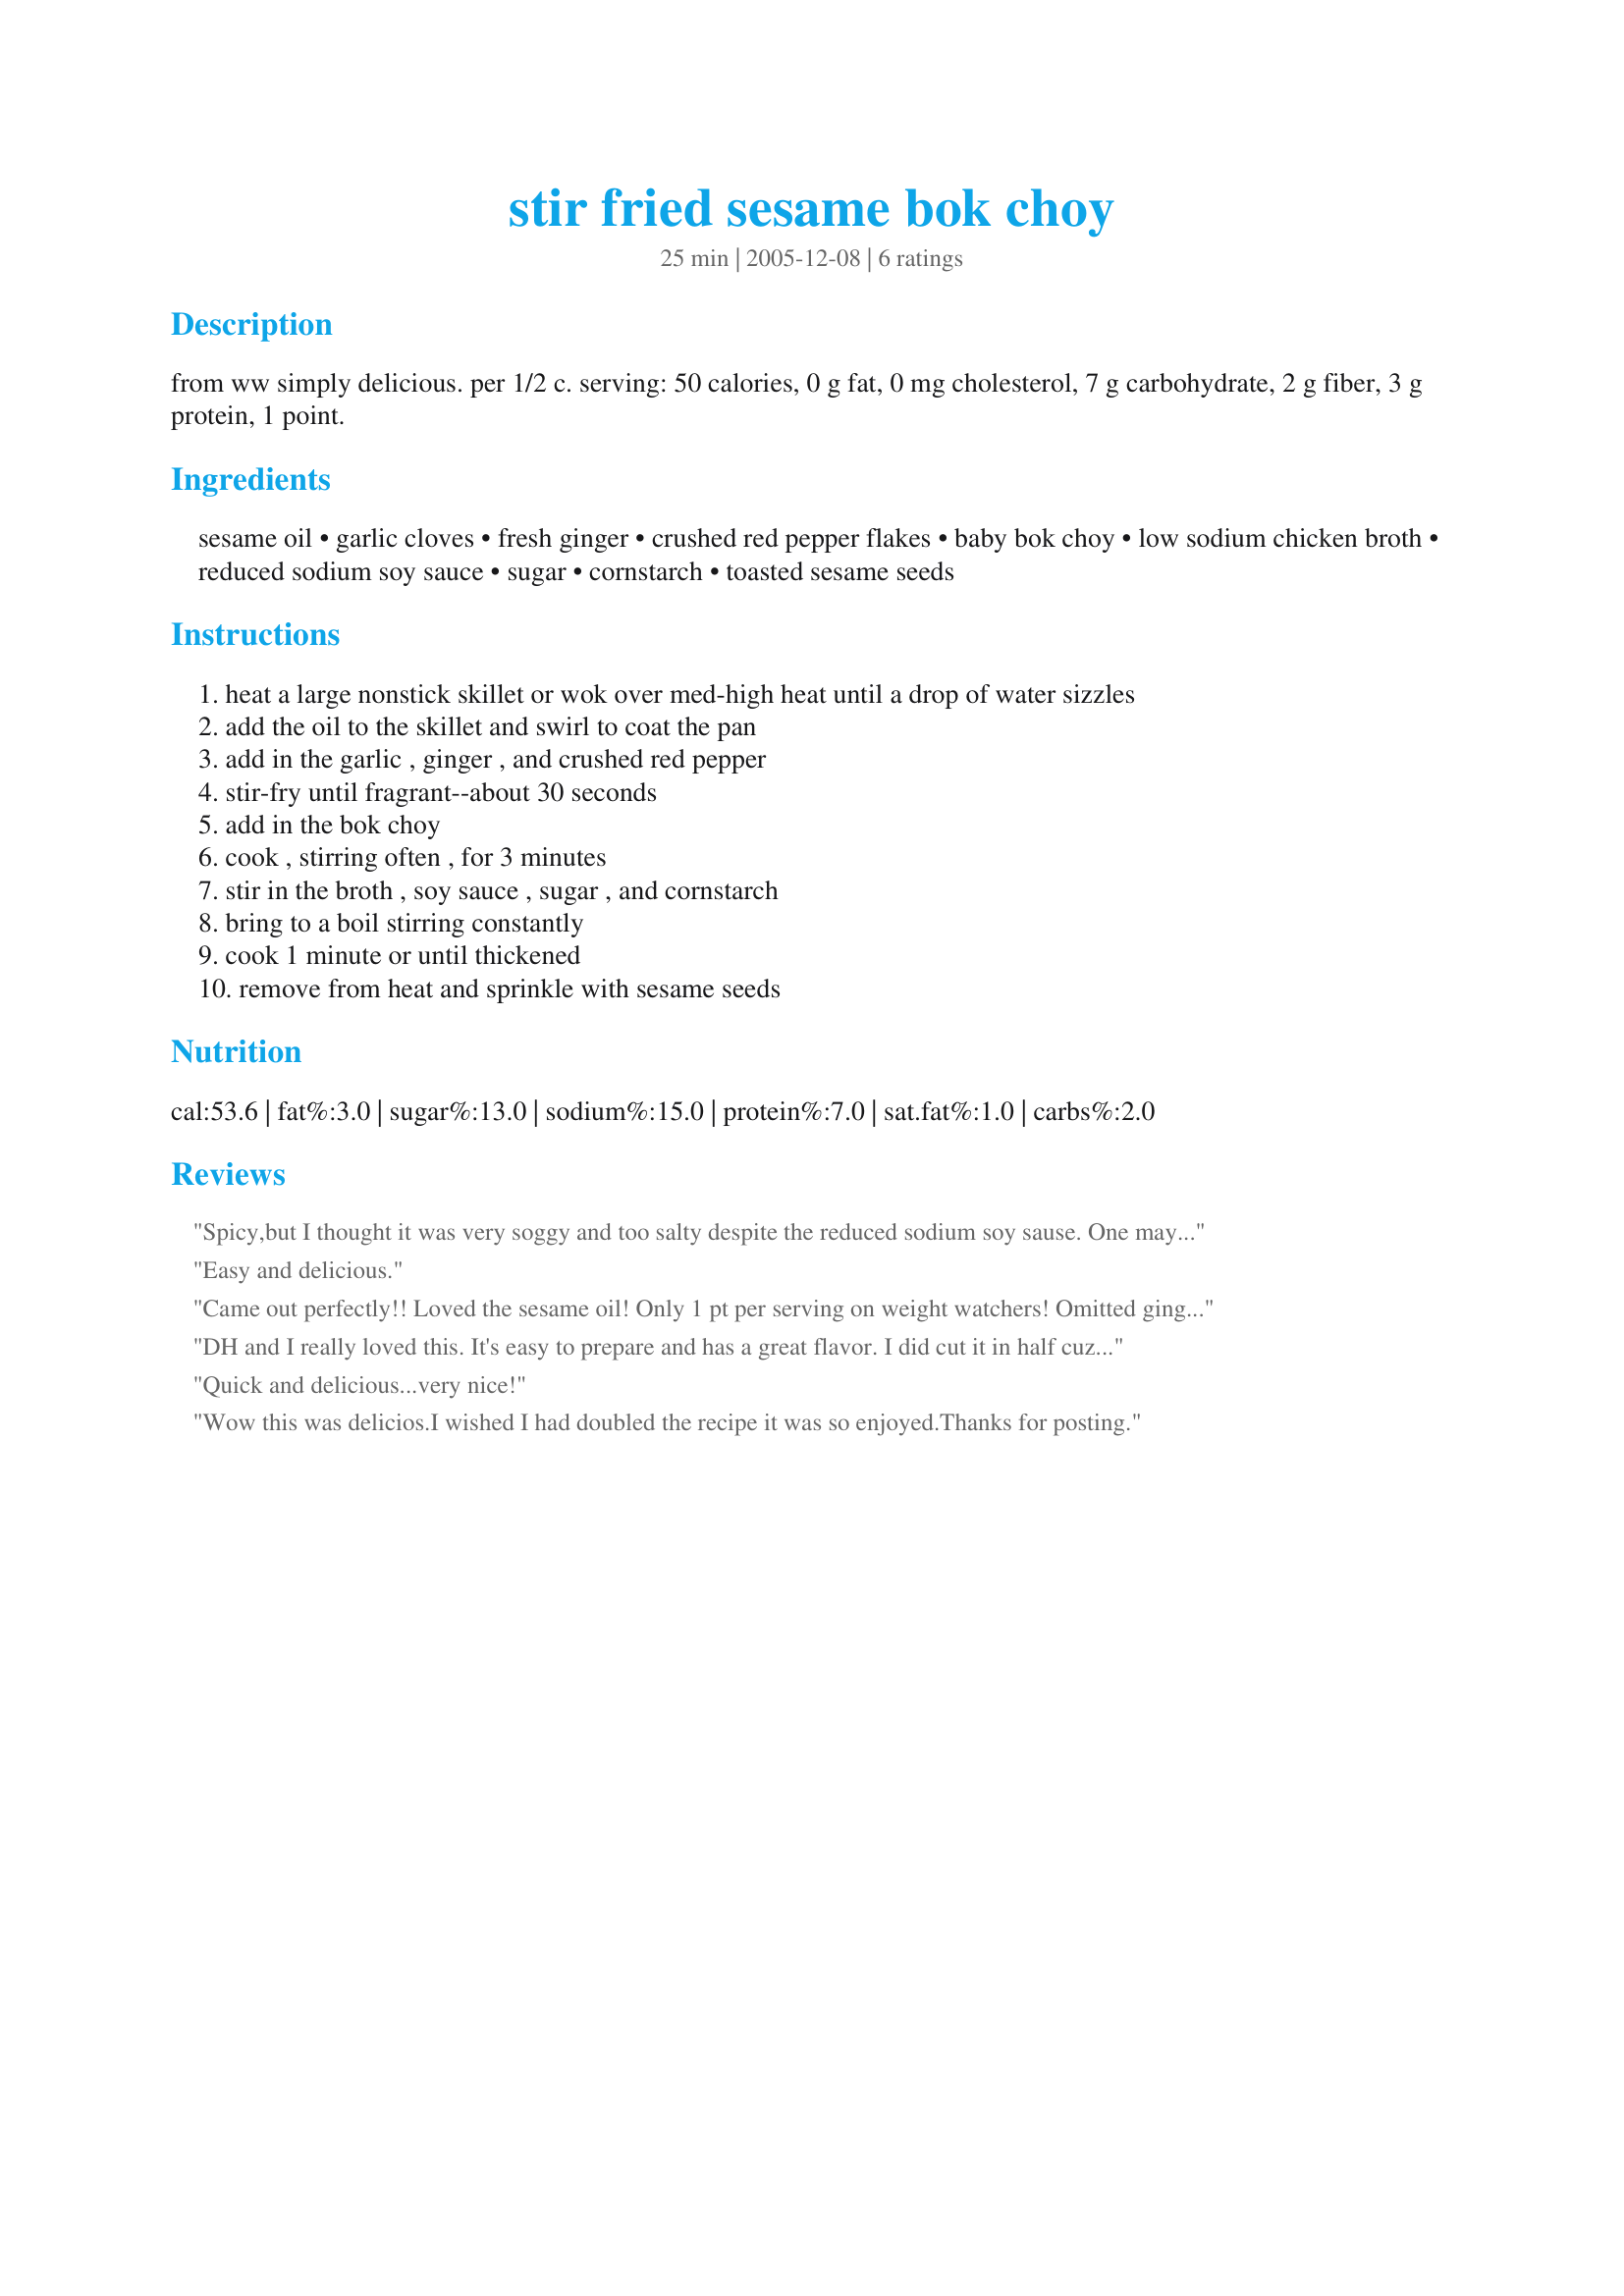
stir fried sesame bok choy
Preparation time: 25 minutes

from ww simply delicious. per 1/2 c. serving: 50 calories, 0 g fat, 0 mg cholesterol, 7 g carbohydrate, 2 g fiber, 3 g protein, 1 point.

Ingredients:
sesame oil, garlic cloves, fresh ginger, crushed red pepper flakes, baby bok choy, low sodium chicken broth, reduced sodium soy sauce, sugar, cornstarch, toasted sesame seeds

Steps:
heat a large nonstick skillet or wok over med-high heat until a drop of water sizzles
add the oil to the skillet and swirl to coat the pan
add in the garlic , ginger , and crushed red pepper
stir-fry until fragrant--about 30 seconds
add in the bok choy
cook , stirring often , for 3 minutes
stir in the broth , soy sauce , sugar , and cornstarch
bring to a boil stirring constantly
cook 1 minute or until thickened
remove from heat and sprinkle with sesame seeds

Reviews:
Spicy,but I thought it was very soggy and too salty despite the reduced sodium soy sause. One may want to cut down on a soy sause a bit. I followed the recipie exactly and my sauce did not thicken up at all. I doubt I will make it again,but thanks for posting
Easy and delicious.
Came out perfectly!! Loved the sesame oil! Only 1 pt per serving on weight watchers!
Omitted ginger because we just don't happen to like that. Came out great without it though! Also used veggie broth instead of chicken. Reheated great for lunch the next day!
DH and I really loved this. It's easy to prepare and has a great flavor. I did cut it in half cuz there is only two of use. Worked out great! I could not find baby bok choy, so don't know if I got Daddy or Mommy bok choy....! Anyway came out nice and tasty. I served it with recipe #78450. We had a great meal. Plan to make this again. Very low in points. Thanks ratherbeswimmin' for posting this great recipe.
Quick and delicious...very nice!
Wow this was delicios.I wished I had doubled the recipe it was so enjoyed.Thanks for posting.
